Indian journal of veterinary science and animal husbandry - Volume 13,
Year: 1943
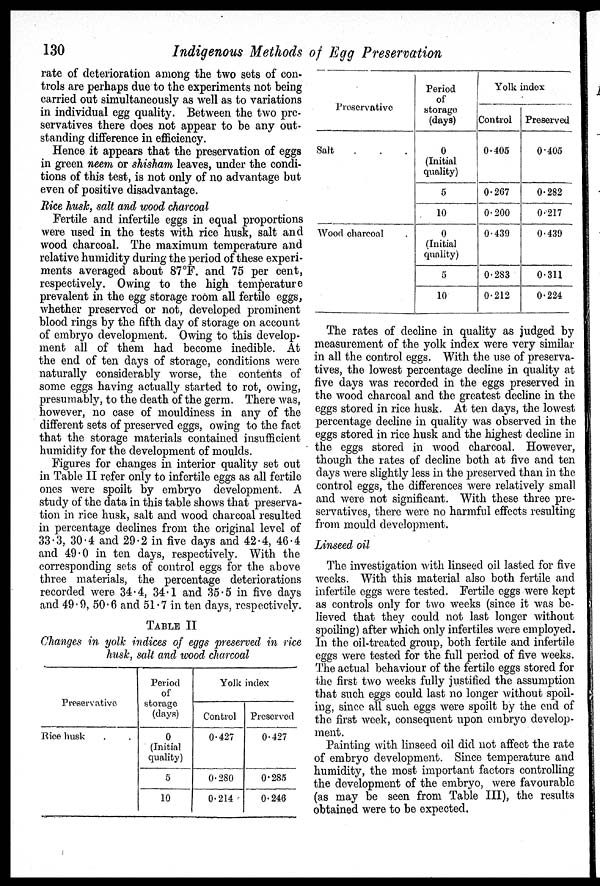
130
Indigenous Methods of Egg Preservation
rate of deterioration among the two sets of con-
trols are perhaps due to the experiments not being
carried out simultaneously as well as to variations
in individual egg quality. Between the two pre-
servatives there does not appear to be any out-
standing difference in efficiency.
Hence it appears that the preservation of eggs
in green neem or shisham leaves, under the condi-
tions of this test, is not only of no advantage but
even of positive disadvantage.
Rice husk, salt and wood charcoal
Fertile and infertile eggs in equal proportions
were used in the tests with rice husk, salt and
wood charcoal. The maximum temperature and
relative humidity during the period of these experi-
ments averaged about 87°F. and 75 per cent,
respectively. Owing to the high temperature
prevalent in the egg storage room all fertile eggs,
whether preserved or not, developed prominent
blood rings by the fifth day of storage on account
of embryo development. Owing to this develop-
ment all of them had become inedible. At
the end of ten days of storage, conditions were
naturally considerably worse, the contents of
some eggs having actually started to rot, owing,
presumably, to the death of the germ. There was,
however, no case of mouldiness in any of the
different sets of preserved eggs, owing to the fact
that the storage materials contained insufficient
humidity for the development of moulds.
Figures for changes in interior quality set out
in Table II refer only to infertile eggs as all fertile
ones were spoilt by embryo development. A
study of the data in this table shows that preserva-
tion in rice husk, salt and wood charcoal resulted
in percentage declines from the original level of
33.3, 30.4 and 29.2 in five days and 42.4, 46.4
and 49.0 in ten days, respectively. With the
corresponding sets of control eggs for the above
three materials, the percentage deteriorations
recorded were 34.4, 34.1 and 35.5 in five days
and 49.9, 50.6 and 51.7 in ten days, respectively.
TABLE II
Changes in yolk indices of eggs preserved in rice
husk, salt and wood charcoal
Preservative
Rice husk . .
Period
of
storage
(days)
0
(Initial
quality)
5
10
Yolk index
Control
0.427
0.280
0.214
Preserved
0.427
0.285
0.246
Preservative
Salt . . .
Wood charcoal .
Period
of
storage
(days)
0
(Initial
quality)
5
10
0
(Initial
quality)
5
10
Yolk index
Control
0.405
0.267
0.200
0.439
0.283
0.212
Preserved
0.405
0.282
0.217
0.439
0.311
0.224
The rates of decline in quality as judged by
measurement of the yolk index were very similar
in all the control eggs. With the use of preserva-
tives, the lowest percentage decline in quality at
five days was recorded in the eggs preserved in
the wood charcoal and the greatest decline in the
eggs stored in rice husk. At ten days, the lowest
percentage decline in quality was observed in the
eggs stored in rice husk and the highest decline in
the eggs stored in wood charcoal. However,
though the rates of decline both at five and ten
days were slightly less in the preserved than in the
control eggs, the differences were relatively small
and were not significant. With these three pre-
servatives, there were no harmful effects resulting
from mould development.
Linseed oil
The investigation with linseed oil lasted for five
weeks. With this material also both fertile and
infertile eggs were tested. Fertile eggs were kept
as controls only for two weeks (since it was be-
lieved that they could not last longer without
spoiling) after which only infertiles were employed.
In the oil-treated group, both fertile and infertile
eggs were tested for the full period of five weeks.
The actual behaviour of the fertile eggs stored for
the first two weeks fully justified the assumption
that such eggs could last no longer without spoil-
ing, since all such eggs were spoilt by the end of
the first week, consequent upon embryo develop-
ment.
Painting with linseed oil did not affect the rate
of embryo development. Since temperature and
humidity, the most important factors controlling
the development of the embryo, were favourable
(as may be seen from Table III), the results
obtained were to be expected.